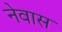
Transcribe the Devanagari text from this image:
नेवास